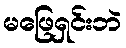
မဖြေရှင်းဘဲ